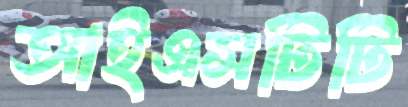
আইএসটিটি